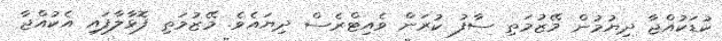
ކުޑަކުއްޖާ ދިޔުމުން މޭޒުމަތި ސާފު ކުރަން ވެއިޓްރެސް ދިޔައެވެ. މޭޒުމަތި ފޮޅާލާފައި އެކުއްޖާ